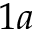
1 a